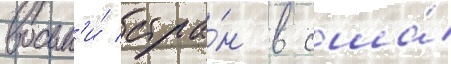
восьм'и́ стра́н в сша́